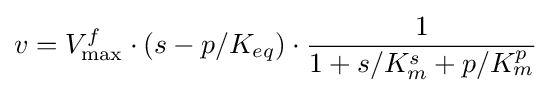
v=V_{\max }^{f}\cdot \left(s-p/K_{eq}\right)\cdot {\frac {1}{1+s/K_{m}^{s}+p/K_{m}^{p}}}